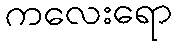
ကလေးရော